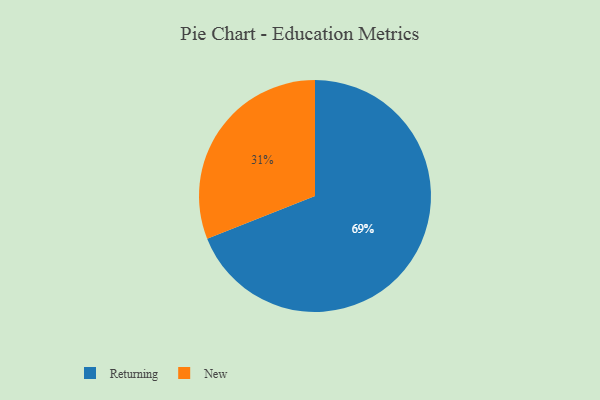
{"axis": {"x": "Category", "y": "Percentage"}, "legend": ["New", "Returning"], "data": [{"x": "New", "y": 31, "type": "New"}, {"x": "Returning", "y": 69, "type": "Returning"}]}